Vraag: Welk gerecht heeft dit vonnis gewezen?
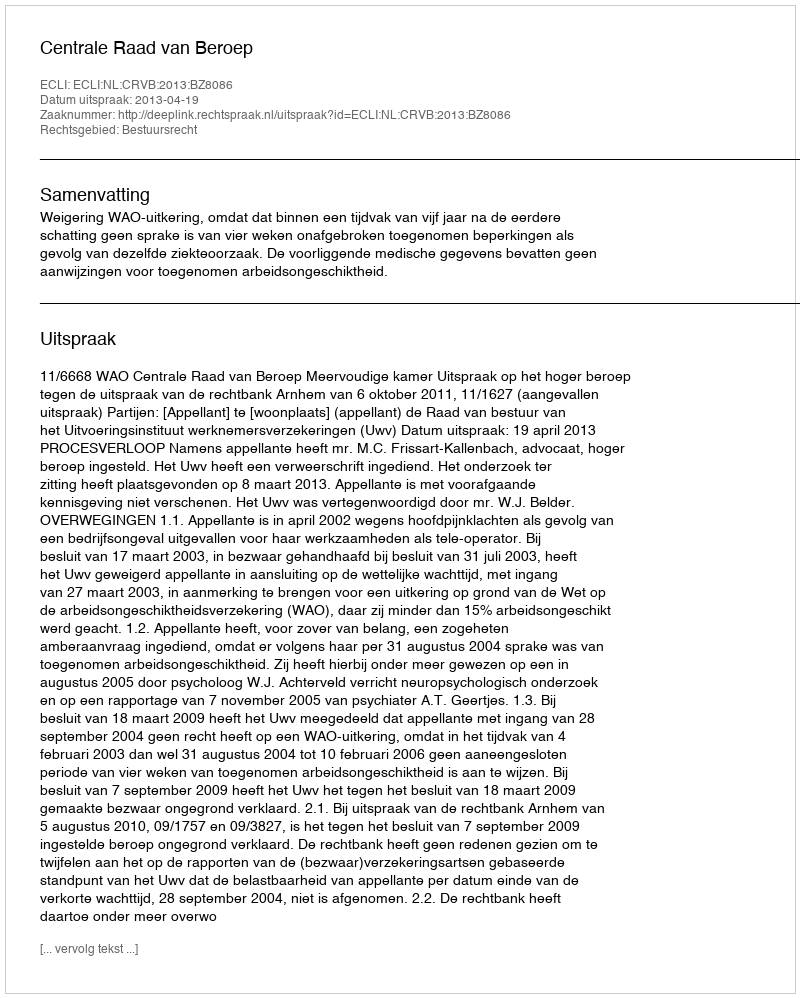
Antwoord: Centrale Raad van Beroep